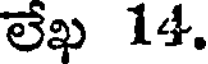
లేఖ 14.